Civil Veterinary Dept. North-West Frontier Province 1901-22 - 1901-1922
Year: 1901
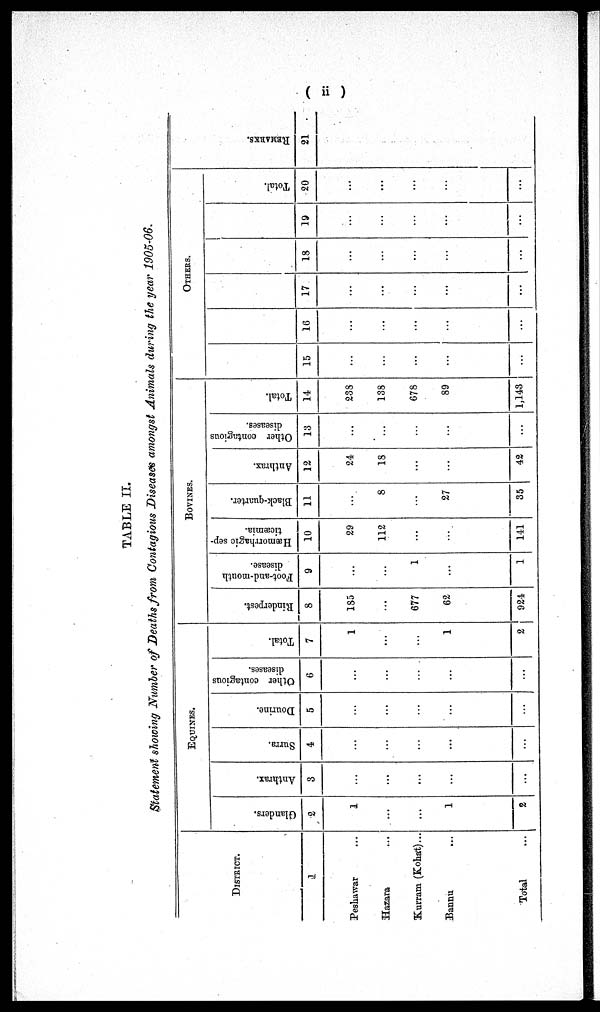
( ii )
TABLE II.
Statement showing Number of Deaths from Contagious Diseases amongst Animals during the year 1905-06.
DISTRICT.
1
Peshawar ...
Hazara ...
Kurram (Kohat) ...
Bannu ...
Total ...
EQUINES.
Glanders.
2
1
...
...
1
2
Anthrax.
3
...
...
...
...
...
Surra.
4
...
...
...
...
...
Dourine.
5
...
...
...
...
...
Other contagious
diseases.
6
...
...
...
...
...
Total.
7
1
...
...
1
2
BOVINES.
Rinderpest.
8
185
...
677
62
924
Foot-and-mouth
disease.
9
...
...
1
...
1
Hæmorrhagic
sep-
ticæmia.
10
29
112
...
...
141
Black-quarter.
11
...
8
...
27
35
Anthrax.
12
24
18
...
...
42
Other contagious
diseases.
13
...
...
...
...
...
Total.
14
238
138
678
89
1,143
OTHERS.
15
...
...
...
...
...
16
...
...
...
...
...
17
...
...
...
...
...
18
...
...
...
...
...
19
...
...
...
...
...
Total.
20
...
...
...
...
...
REMARKS .
21